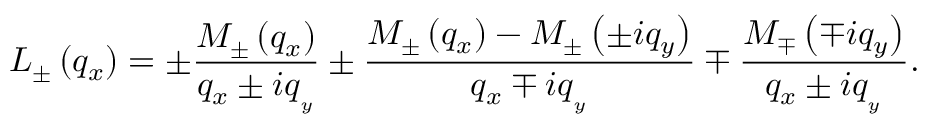
{ { L } _ { \pm } } \left( { { q } _ { x } } \right) = \pm \frac { { { M } _ { \pm } } \left( { { q } _ { x } } \right) } { { { q } _ { x } } \pm i { { q } _ { _ { y } } } } \pm \frac { { { M } _ { \pm } } \left( { { q } _ { x } } \right) - { { M } _ { \pm } } \left( \pm i { { q } _ { y } } \right) } { { { q } _ { x } } \mp i { { q } _ { _ { y } } } } \mp \frac { { { M } _ { \mp } } \left( \mp i { { q } _ { y } } \right) } { { { q } _ { x } } \pm i { { q } _ { _ { y } } } } .